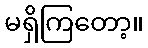
မရှိကြတော့။